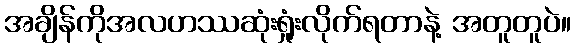
အချိန်ကိုအလဟဿဆုံးရှုံးလိုက်ရတာနဲ့ အတူတူပဲ။